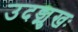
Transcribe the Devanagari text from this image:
उदङ्मुखः